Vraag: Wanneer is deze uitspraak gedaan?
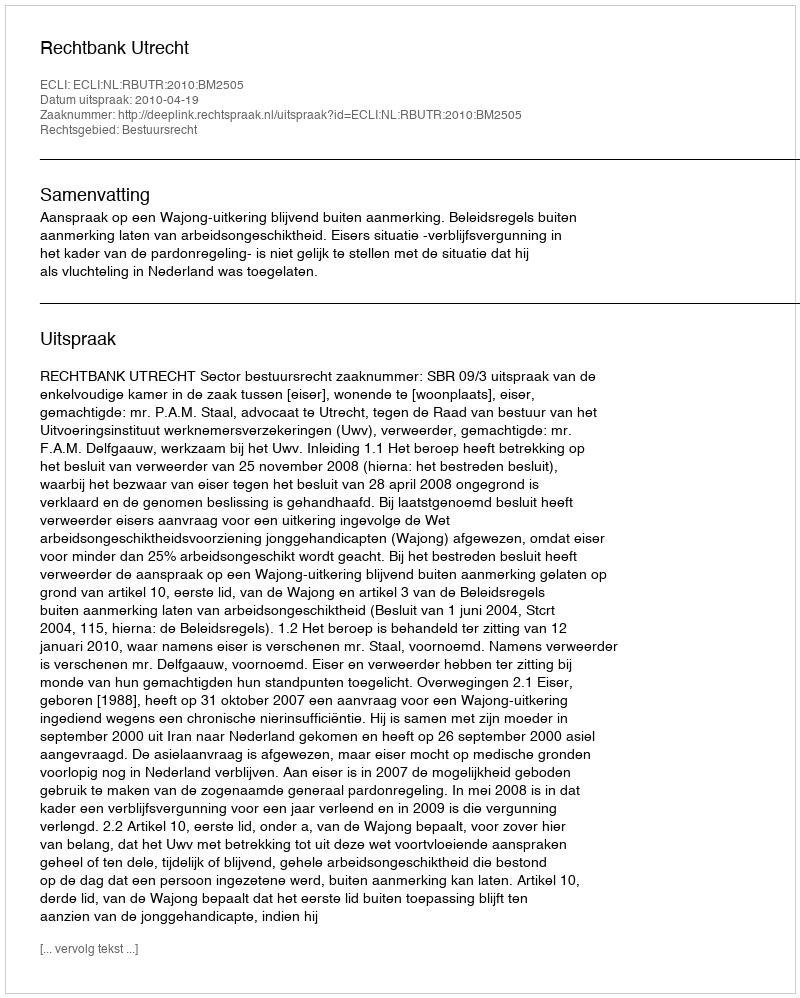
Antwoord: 2010-04-19